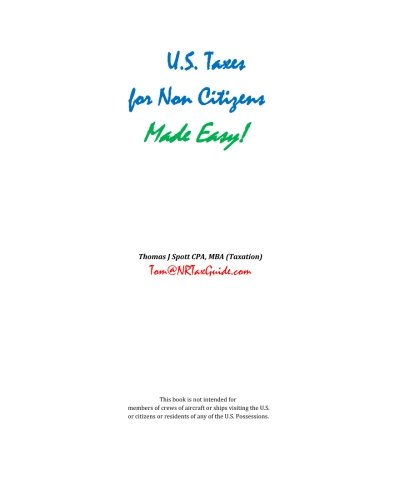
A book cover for U.S. Taxes for Non-Citizens Made Easy!; Mr. Thomas James Spott; Law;